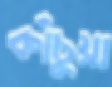
কাঁচুয়া